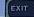
exit